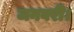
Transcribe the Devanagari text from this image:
जनवरी।